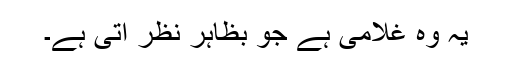
یہ وہ غلامی ہے جو بظاہر نظر آتی ہے۔